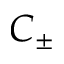
C _ { \pm }